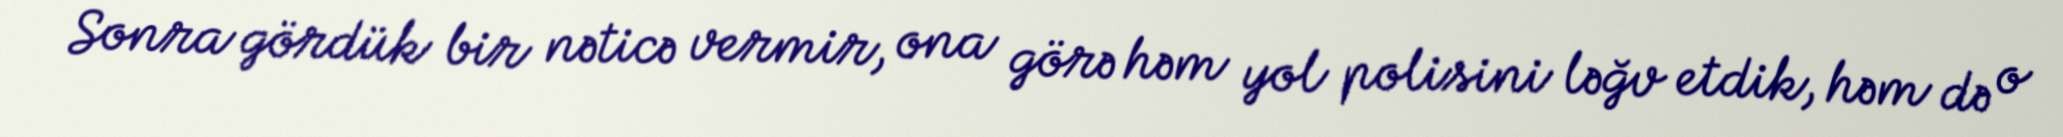
Sonra gördük bir nəticə vermir, ona görə həm yol polisini ləğv etdik, həm də o